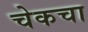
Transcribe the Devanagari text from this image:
चेकचा